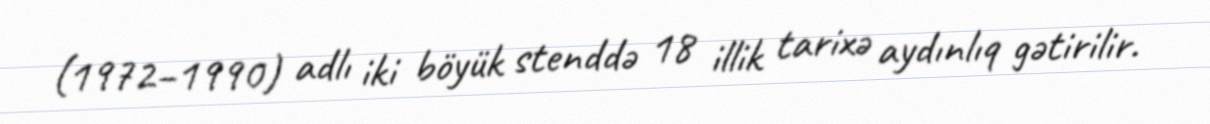
(1972–1990) adlı iki böyük stenddə 18 illik tarixə aydınlıq gətirilir.